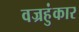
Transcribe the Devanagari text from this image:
वज्रहुंकार